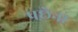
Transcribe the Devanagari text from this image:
पछेना